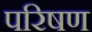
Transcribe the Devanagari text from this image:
परिषण